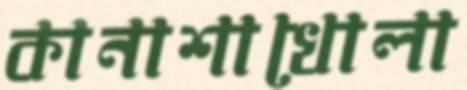
কানাশাখোলা